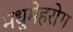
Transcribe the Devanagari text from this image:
मधुमेहरोग